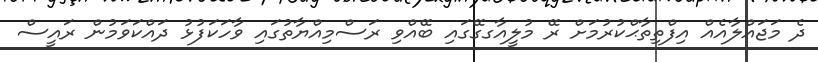
ދެ މަޖައްލާއެއް އިފްތިތާޙްކުރުމަށް ރޭ މުލީއާގގޭގައި ބޭއްވި ރަސްމިއްޔާތުގައި ވާހަކަފުޅު ދައްކަވަމުން ރައީސް